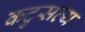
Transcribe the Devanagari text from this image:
कटुसत्य